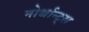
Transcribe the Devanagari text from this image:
नोर्थान्ट्स